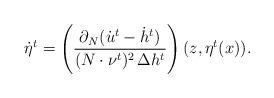
LaTeX: \begin{align*}\dot \eta^{t} = \left( \frac{\partial_N ( \dot u^{t} -\dot h^t) }{(N\cdot \nu^{t})^2 \,\Delta h^{t}}\right) (z, \eta^{t}(x)).\end{align*}